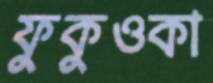
ফুকুওকা